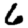
Digit: 6